Indian journal of veterinary science and animal husbandry - Volume 8,
Year: 1938
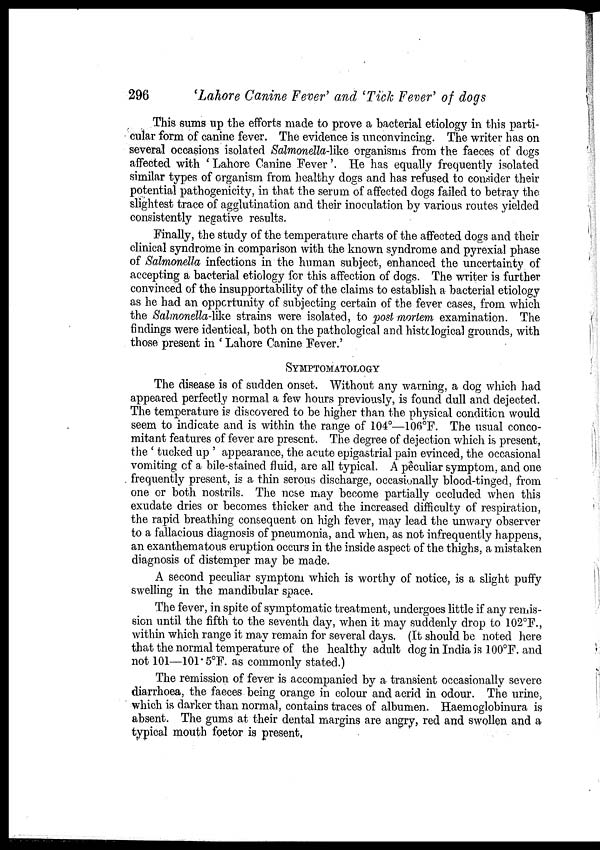
296
' Lahore Canine Fever' and 'Tick Fever' of dogs
This sums up the efforts made to prove a bacterial etiology in this parti-
cular form of canine fever. The evidence is unconvincing. The writer has on
several occasions isolated Salmonella-like organisms from the faeces of dogs
affected with ' Lahore Canine Fever'. He has equally frequently isolated
similar types of organism from healthy dogs and has refused to consider their
potential pathogenicity, in that the serum of affected dogs failed to betray the
slightest trace of agglutination and their inoculation by various routes yielded
consistently negative results.
Finally, the study of the temperature charts of the affected dogs and their
clinical syndrome in comparison with the known syndrome and pyrexial phase
of Salmonella infections in the human subject, enhanced the uncertainty of
accepting a bacterial etiology for this affection of dogs. The writer is further
convinced of the insupportability of the claims to establish a bacterial etiology
as he had an opportunity of subjecting certain of the fever cases, from which
the Salmonella-like strains were isolated, to post mortem examination. The
findings were identical, both on the pathological and histological grounds, with
those present in ' Lahore Canine Fever.'
SYMPTOMATOLOGY
The disease is of sudden onset. Without any warning, a dog which had
appeared perfectly normal a few hours previously, is found dull and dejected.
The temperature is discovered to be higher than the physical condition would
seem to indicate and is within the range of 104°—106°F. The usual conco-
mitant features of fever are present. The degree of dejection which is present,
the ' tucked up ' appearance, the acute epigastrial pain evinced, the occasional
vomiting of a bile-stained fluid, are all typical. A peculiar symptom, and one
frequently present, is a thin serous discharge, occasionally blood-tinged, from
one or both nostrils. The nose may become partially occluded when this
exudate dries or becomes thicker and the increased difficulty of respiration,
the rapid breathing consequent on high fever, may lead the unwary observer
to a fallacious diagnosis of pneumonia, and when, as not infrequently happens,
an exanthematous eruption occurs in the inside aspect of the thighs, a mistaken
diagnosis of distemper may be made.
A second peculiar symptom which is worthy of notice, is a slight puffy
swelling in the mandibular space.
The fever, in spite of symptomatic treatment, undergoes little if any remis-
sion until the fifth to the seventh day, when it may suddenly drop to 102°F.,
within which range it may remain for several days. (It should be noted here
that the normal temperature of the healthy adult dog in India is 100°F. and
not 101—101.5°F. as commonly stated.)
The remission of fever is accompanied by a transient occasionally severe
diarrhoea, the faeces being orange in colour and acrid in odour. The urine,
which is darker than normal, contains traces of albumen. Haemoglobinura is
absent. The gums at their dental margins are angry, red and swollen and a
typical mouth foetor is present,